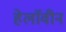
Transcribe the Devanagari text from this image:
हेलाॅवीन